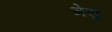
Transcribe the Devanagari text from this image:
मेसु